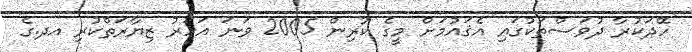
ހޭދަކުރާ ދުވަސްތަކުގައި އެޤައުމަށް މީގެ ކުރިން 2005 ވަނަ އަހަރު ޒިޔާރަތްކުރި އދ.ގެ